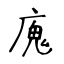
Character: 廆